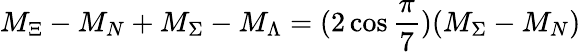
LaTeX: M_{\Xi}-M_{N}+M_{\Sigma}-M_{\Lambda}=(2\cos\frac\pi 7)(M_{\Sigma}-M_{N})